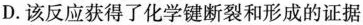
D.该反应获得了化学键断裂和形成的证据